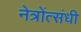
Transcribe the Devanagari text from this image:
नेत्रोंत्संधी